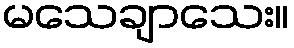
မသေချာသေး။